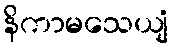
နိကာမသေယျံ